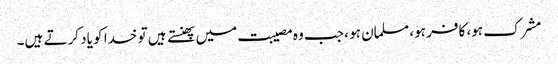
مشرک ہو، کافر ہو، مسلمان ہو ، جب وہ مصیبت میں پھنستے ہیں تو خدا کو یاد کرتے ہیں۔